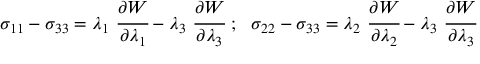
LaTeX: \sigma _ { 1 1 } - \sigma _ { 3 3 } = \lambda _ { 1 } ~ { \cfrac { \partial W } { \partial \lambda _ { 1 } } } - \lambda _ { 3 } ~ { \cfrac { \partial W } { \partial \lambda _ { 3 } } } ~ ; ~ ~ \sigma _ { 2 2 } - \sigma _ { 3 3 } = \lambda _ { 2 } ~ { \cfrac { \partial W } { \partial \lambda _ { 2 } } } - \lambda _ { 3 } ~ { \cfrac { \partial W } { \partial \lambda _ { 3 } } }